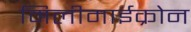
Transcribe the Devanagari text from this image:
मिलीमाईक्रोन